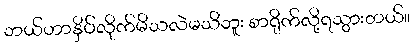
ဘယ်ဟာနှိပ်လိုက်မိသလဲမသိဘူး စာရိုက်လို့ရသွားတယ်။